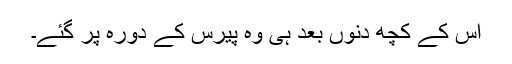
اس کے کچھ دنوں بعد ہی وہ پیرس کے دورہ پر گئے۔